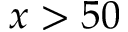
x > 5 0